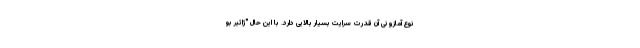
نوع آمازونی آن قدرت سرایت بسیار بالایی دارد. با این حال "ژائیر بو